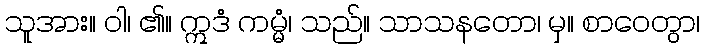
သူအား။ ဝါ၊ ၏။ ဣဒံ ကမ္မံ၊ သည်။ သာသနတော၊ မှ။ စာဝေတွာ၊